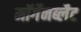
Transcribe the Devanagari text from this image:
मॉर्गेनब्लैट